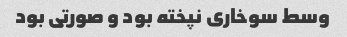
وسط سوخاری نپخته بود و صورتی بود